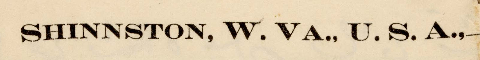
SHINNSTON, W. VA., U.S.A.,